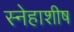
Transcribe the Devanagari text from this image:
स्नेहाशीष